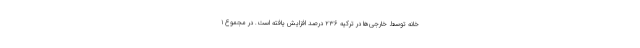
خانه توسط خارجی‌ها در ترکیه ۲۳۶ درصد افزایش یافته است. در مجموع ۱